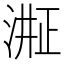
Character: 𬈈